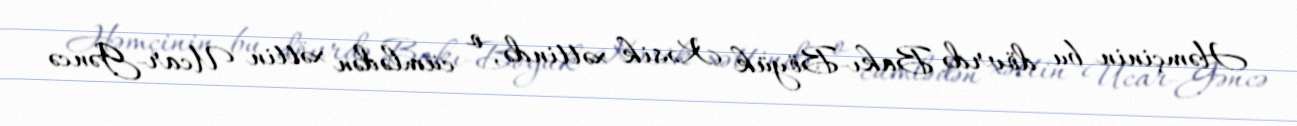
Həmçinin bu dövrdə Bakı-Böyük Kəsik xəttində, o cümlədən xəttin Ucar-Gəncə